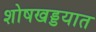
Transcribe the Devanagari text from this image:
शोषखड्डयात